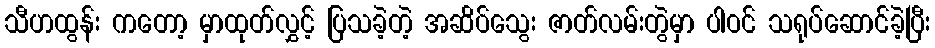
သီဟထွန်း ကတော့ မှာထုတ်လွှင့် ပြသခဲ့တဲ့ အဆိပ်သွေး ဇာတ်လမ်းတွဲမှာ ပါဝင် သရုပ်ဆောင်ခဲ့ပြီး